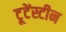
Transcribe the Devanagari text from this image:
टूटेंस्टीन